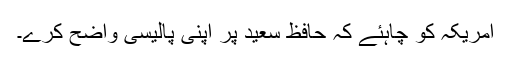
امریکہ کو چاہئے کہ حافظ سعید پر اپنی پالیسی واضح کرے۔